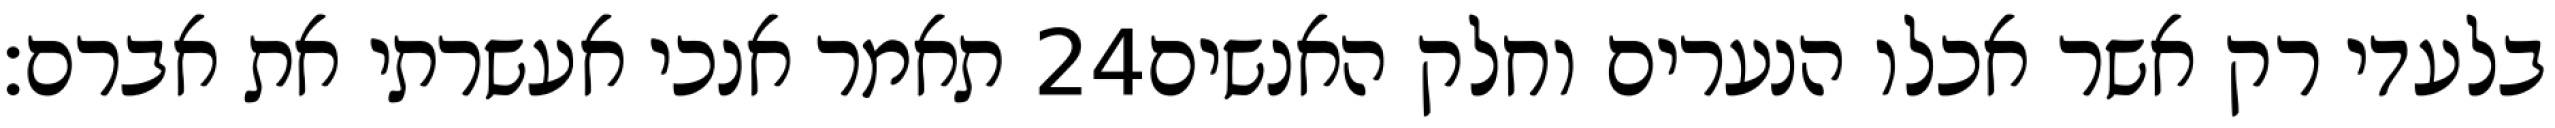
תאמר אנכי אעשרתי את אברם׃ ‎24‏ בלעדי רק אשר אכלו הנערים וחלק האנשים